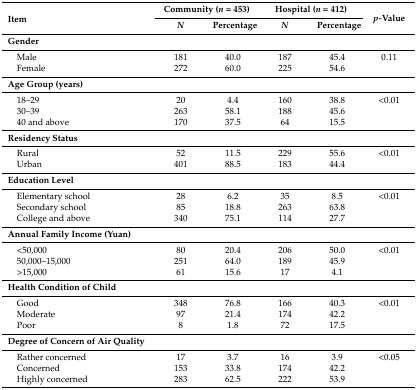
<table><thead><tr><td rowspan="2"><b>Item</b></td><td colspan="2"><b>Community (<i>n</i> = 453)</b></td><td colspan="2"><b>Hospital (<i>n</i> = 412)</b></td><td rowspan="2"><b><i>p-</i>Value</b></td></tr><tr><td><b><i>N</i></b></td><td><b>Percentage</b></td><td><b><i>N</i></b></td><td><b>Percentage</b></td></tr></thead><tbody><tr><td><b>Gender</b></td><td></td><td></td><td></td><td></td><td></td></tr><tr><td> Male</td><td>181</td><td>40.0</td><td>187</td><td>45.4</td><td>0.11</td></tr><tr><td> Female</td><td>272</td><td>60.0</td><td>225</td><td>54.6</td><td></td></tr><tr><td><b>Age Group (years)</b></td><td></td><td></td><td></td><td></td><td></td></tr><tr><td> 18–29</td><td>20</td><td>4.4</td><td>160</td><td>38.8</td><td>&lt;0.01</td></tr><tr><td> 30–39</td><td>263</td><td>58.1</td><td>188</td><td>45.6</td><td rowspan="2"></td></tr><tr><td> 40 and above</td><td>170</td><td>37.5</td><td>64</td><td>15.5</td></tr><tr><td><b>Residency Status</b></td><td></td><td></td><td></td><td></td><td></td></tr><tr><td> Rural</td><td>52</td><td>11.5</td><td>229</td><td>55.6</td><td>&lt;0.01</td></tr><tr><td> Urban</td><td>401</td><td>88.5</td><td>183</td><td>44.4</td><td></td></tr><tr><td><b>Education Level</b></td><td></td><td></td><td></td><td></td><td></td></tr><tr><td> Elementary school</td><td>28</td><td>6.2</td><td>35</td><td>8.5</td><td>&lt;0.01</td></tr><tr><td> Secondary school</td><td>85</td><td>18.8</td><td>263</td><td>63.8</td><td rowspan="2"></td></tr><tr><td> College and above</td><td>340</td><td>75.1</td><td>114</td><td>27.7</td></tr><tr><td><b>Annual Family Income (Yuan)</b></td><td></td><td></td><td></td><td></td><td></td></tr><tr><td> &lt;50,000</td><td>80</td><td>20.4</td><td>206</td><td>50.0</td><td>&lt;0.01</td></tr><tr><td> 50,000–15,000</td><td>251</td><td>64.0</td><td>189</td><td>45.9</td><td rowspan="2"></td></tr><tr><td> &gt;15,000</td><td>61</td><td>15.6</td><td>17</td><td>4.1</td></tr><tr><td><b>Health Condition of Child</b></td><td></td><td></td><td></td><td></td><td></td></tr><tr><td> Good</td><td>348</td><td>76.8</td><td>166</td><td>40.3</td><td>&lt;0.01</td></tr><tr><td> Moderate</td><td>97</td><td>21.4</td><td>174</td><td>42.2</td><td rowspan="2"></td></tr><tr><td> Poor</td><td>8</td><td>1.8</td><td>72</td><td>17.5</td></tr><tr><td><b>Degree of Concern of Air Quality</b></td><td></td><td></td><td></td><td></td><td></td></tr><tr><td> Rather concerned</td><td>17</td><td>3.7</td><td>16</td><td>3.9</td><td>&lt;0.05</td></tr><tr><td> Concerned</td><td>153</td><td>33.8</td><td>174</td><td>42.2</td><td rowspan="2"></td></tr><tr><td> Highly concerned</td><td>283</td><td>62.5</td><td>222</td><td>53.9</td></tr></tbody></table>